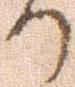
り